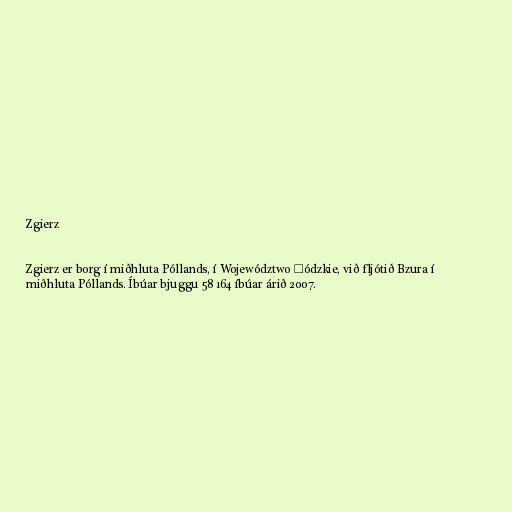
Zgierz

Zgierz er borg í miðhluta Póllands, í Województwo Łódzkie, við fljótið Bzura í
miðhluta Póllands. Íbúar bjuggu 58 164 íbúar árið 2007.